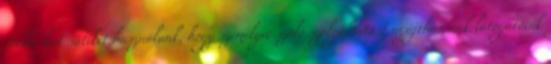
cookie-kat sütiket használunk, hogy személyre szóló szolgáltatást nyújthassunk látogatóink